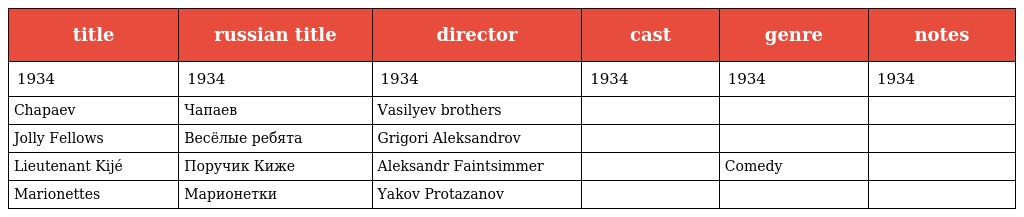
| title | russian title | director | cast | genre | notes |
 | --- | --- | --- | --- | --- | --- |
 | 1934 | 1934 | 1934 | 1934 | 1934 | 1934 |
 | Chapaev | Чапаев | Vasilyev brothers |  |  |  |
 | Jolly Fellows | Весёлые ребята | Grigori Aleksandrov |  |  |  |
 | Lieutenant Kijé | Поручик Киже | Aleksandr Faintsimmer |  | Comedy |  |
 | Marionettes | Марионетки | Yakov Protazanov |  |  |  |